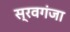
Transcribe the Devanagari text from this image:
स्रवगंजा